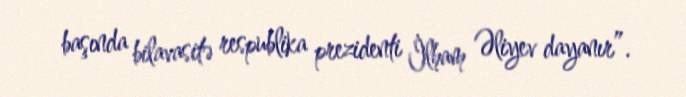
başında bilavasitə respublika prezidenti İlham Əliyev dayanır”.